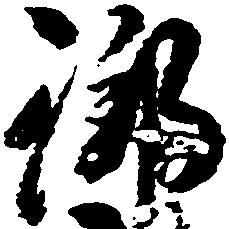
御